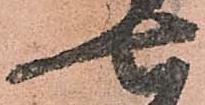
七